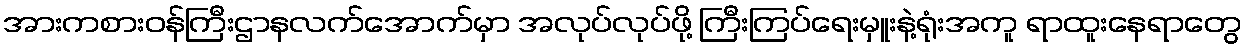
အားကစားဝန်ကြီးဌာနလက်အောက်မှာ အလုပ်လုပ်ဖို့ ကြီးကြပ်ရေးမှူးနဲ့ရုံးအကူ ရာထူးနေရာတွေ